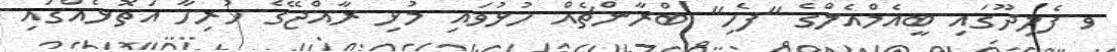
ވ ފެލިދޫގައި ބީއެމްއެލްގެ "ފެހި" ބްރާންޗެއް ހުޅުވައި މުޅި ރާއްޖޭގެ ހުރިހާ އަތޮޅެެއްގައި